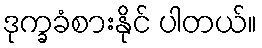
ဒုက္ခခံစားနိုင် ပါတယ်။